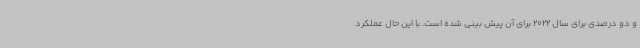
و دو درصدی برای سال 2022 برای آن پیش بینی شده است. با این حال عملکرد